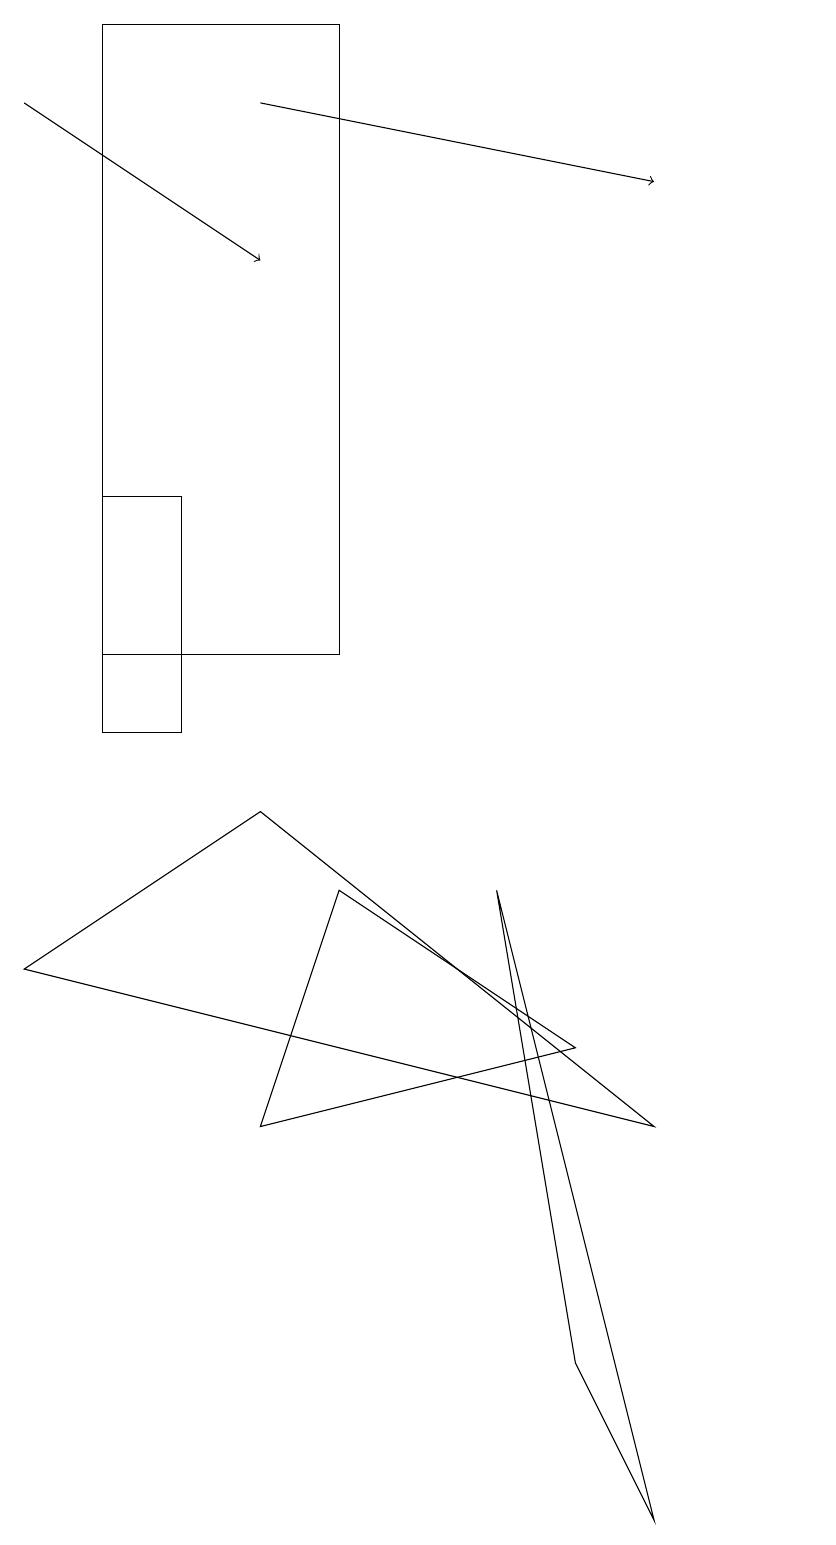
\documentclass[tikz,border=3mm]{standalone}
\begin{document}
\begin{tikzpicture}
\draw (3,13) rectangle (2,10);
\draw (5,19) rectangle (2,11);
\draw (11,11) circle (0);
\draw (8,2) -- (9,0) -- (7,8) -- cycle;
\draw[->] (1,18) -- (4,16);
\draw (9,5) -- (4,9) -- (1,7) -- cycle;
\draw (5,8) -- (8,6) -- (4,5) -- cycle;
\draw[->] (4,18) -- (9,17);
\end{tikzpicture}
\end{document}